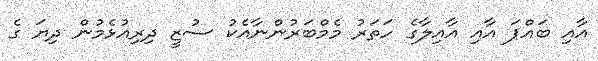
އާއި ބައްޕަ އާއި އާއިލާގެ ހަތަރު މެމްބަރުންނާއެކު ސުޒީ ދިރިއުޅެމުން ދިޔަ ގެ